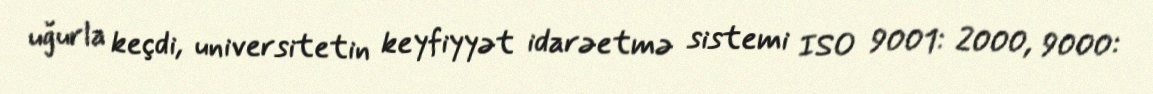
uğurla keçdi, universitetin keyfiyyət idarəetmə sistemi ISO 9001: 2000, 9000: